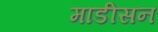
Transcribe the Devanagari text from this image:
माडीसन